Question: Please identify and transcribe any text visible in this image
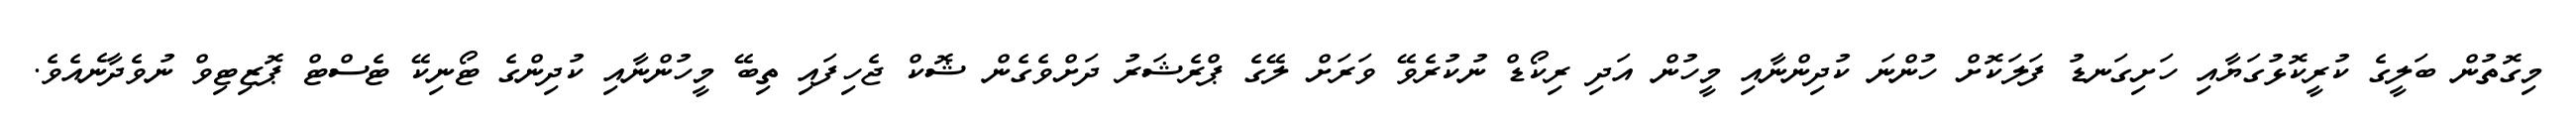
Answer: މިގޮތުން ބަލީގެ ކުރީކޮޅުގަޔާއި ހަށިގަނޑު ފަލަކޮށް ހުންނަ ކުދިންނާއި މީހުން އަދި ރިކޯޑް ނުކުރެވޭ ވަރަށް ލޭގެ ޕްރެޝަރު ދަށްވެގެން ޝޮކް ޖެހިފައި ތިބޭ މީހުންނާއި ކުދިންގެ ޓޯނިކޭ ޓެސްޓް ޕޮޒިޓިވް ނުވެދާނެއެވެ.